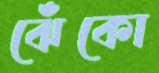
ঝেঁকো